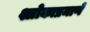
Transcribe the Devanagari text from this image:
श्लोकाप्रमाणे